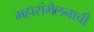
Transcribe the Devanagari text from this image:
महासंमेलनाची